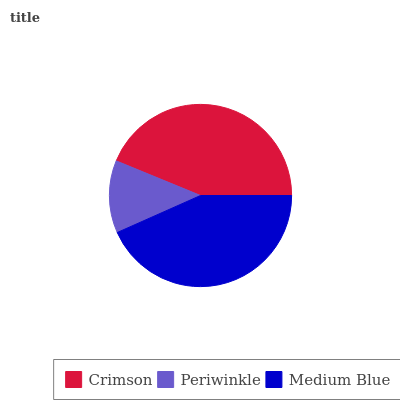
| Crimson | Periwinkle | Medium Blue |
 | --- | --- | --- |
 | 43.8% | 12.9% | 43.3% |